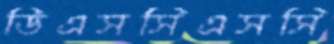
ডিএসসিএসসি